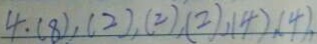
4 . ( 8 ) , ( 2 ) , ( 2 ) , ( 2 ) , ( 4 ) , ( 4 ) ,